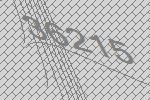
36215